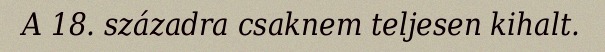
A 18. századra csaknem teljesen kihalt.